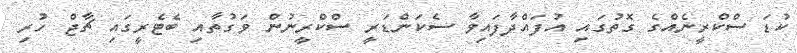
ކުޑަ ސްކްރީނެއްގެ ގޮތުގައި އުފައްދާފައިވާ ސެކަންޑަރީ ސްކްރީނުން ވަގުތާއި ބެޓެރީގައި ޗާޖް ހުރި